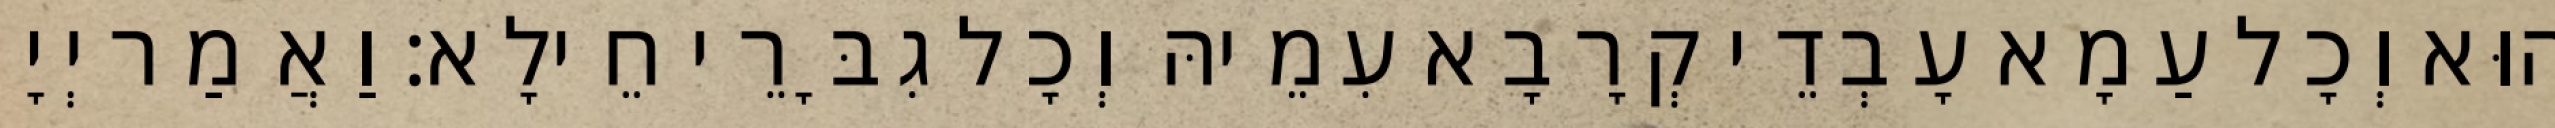
הוּא וְכָל עַמָא עָבְדֵי קְרָבָא עִמֵיהּ וְכָל גִבָּרֵי חֵילָא׃ וַאֲמַר יְיָ